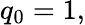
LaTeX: q_{0}=1,